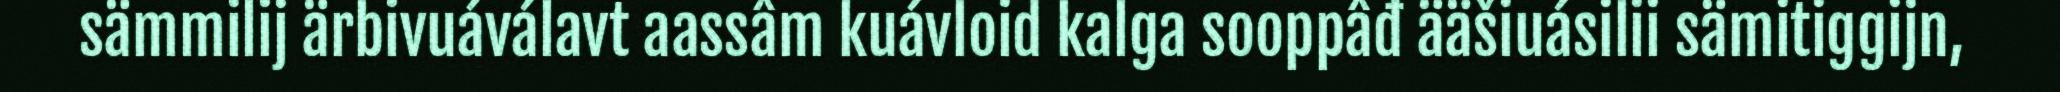
sämmilij ärbivuáválavt aassâm kuávloid kalga sooppâđ ääšiuásilii sämitiggijn,